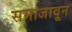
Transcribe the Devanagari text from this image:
समाजावून